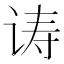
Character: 诪